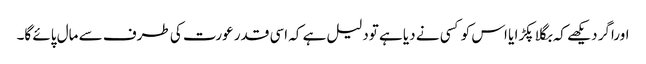
اوراگر دیکھے کہ بگلا پکڑا یا اس کو کسی نے دیا ہے تودلیل ہے کہ اسی قدر عورت کی طرف سے مال پائے گا۔